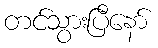
တင်သွားပြီနော်